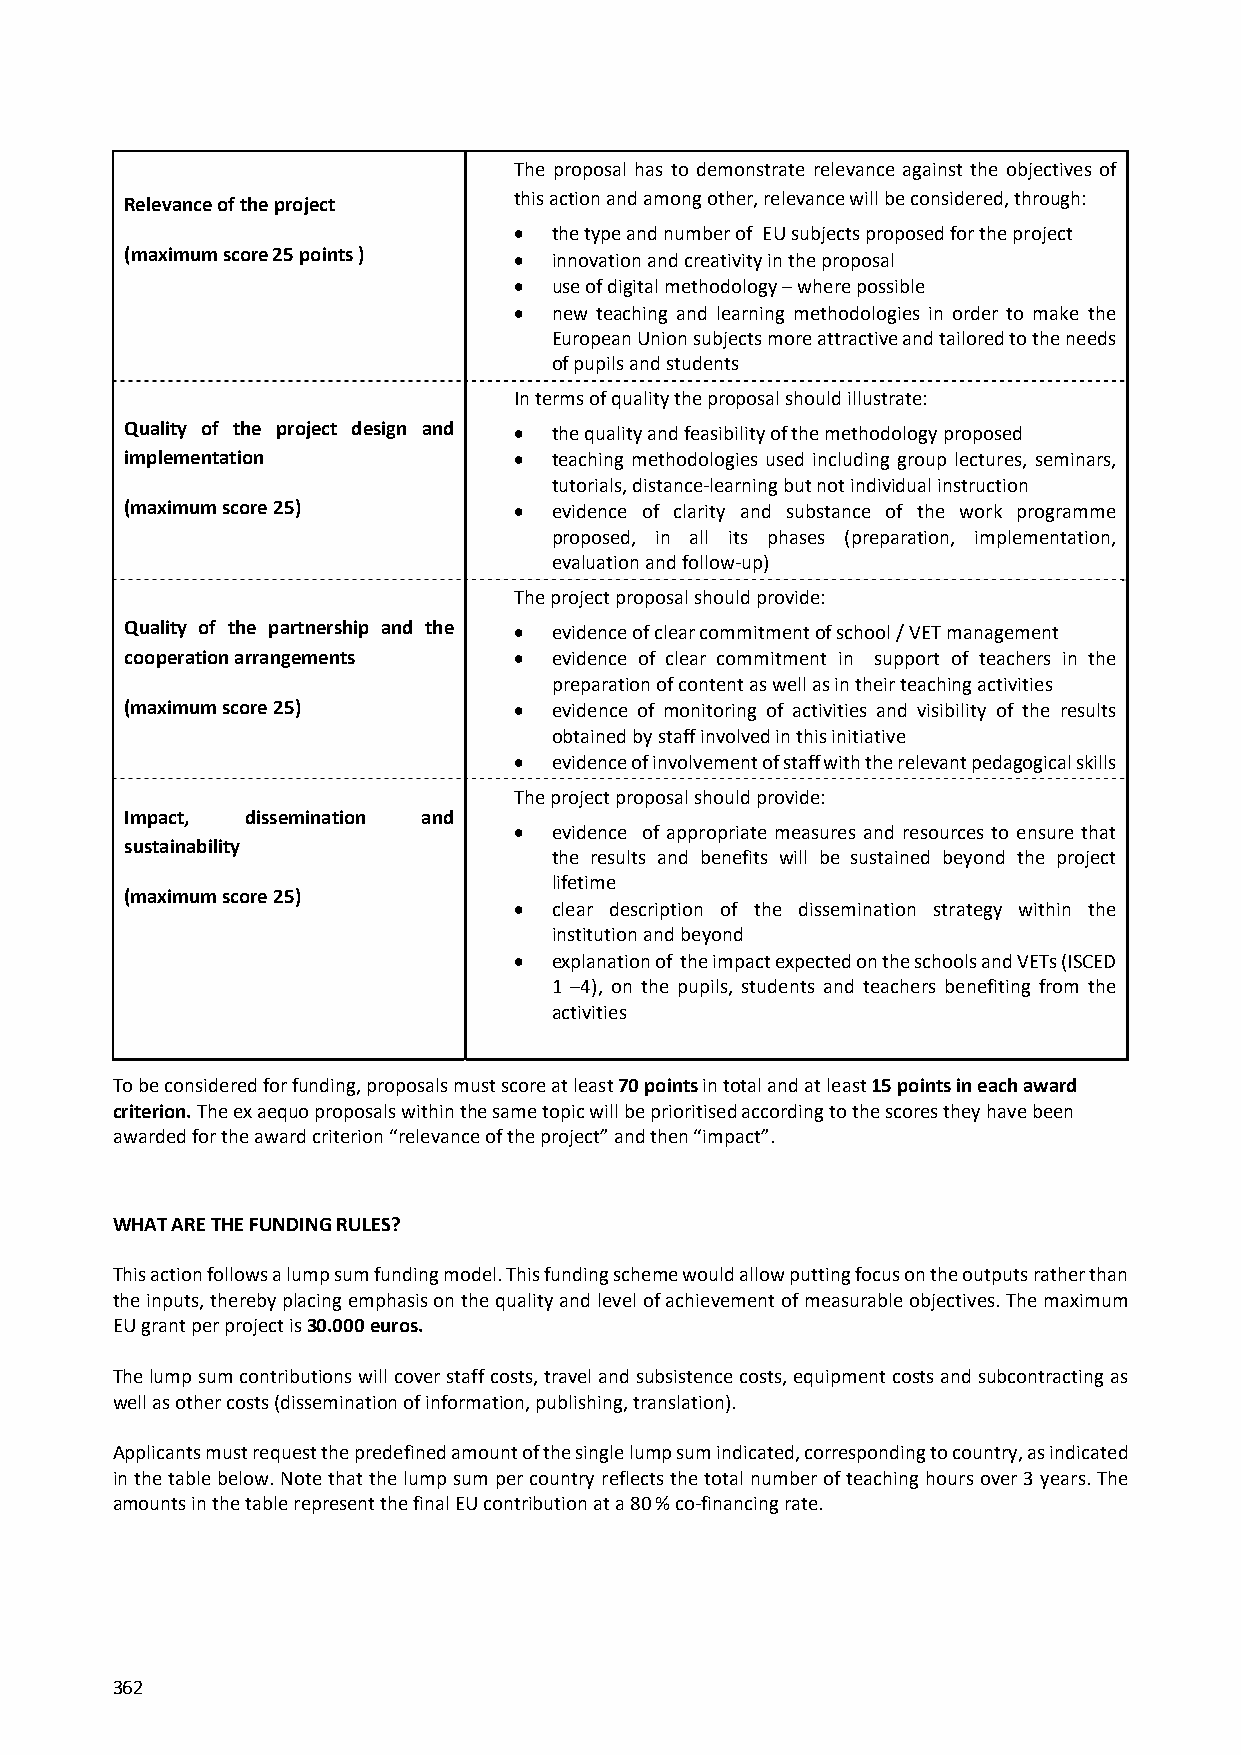
The proposal has to demonstrate relevance against the objectives of
 Relevance of the project  this action and among other, relevance will be considered, through:
  the type and number of EU subjects proposed for the project
 (maximum score 25 points )  innovation and creativity in the proposal
  use of digital methodology – where possible
  new teaching and learning methodologies in order to make the
 European Union subjects more attractive and tailored to the needs
 of pupils and students
 In terms of quality the proposal should illustrate:
 Quality of the project design and  the quality and feasibility of the methodology proposed
 implementation             teaching methodologies used including group lectures, seminars,
 tutorials, distance‐learning but not individual instruction
 (maximum score 25)         evidence of clarity and substance of the work programme
 proposed, in all its phases (preparation, implementation,
 evaluation and follow‐up)
 The project proposal should provide:
 Quality of the partnership and the  evidence of clear commitment of school / VET management
 cooperation arrangements   evidence of clear commitment in support of teachers in the
 preparation of content as well as in their teaching activities
 (maximum score 25)         evidence of monitoring of activities and visibility of the results
 obtained by staff involved in this initiative
  evidence of involvement of staff with the relevant pedagogical skills
 The project proposal should provide:
 Impact, dissemination and
  evidence of appropriate measures and resources to ensure that
 sustainability
 the results and benefits will be sustained beyond the project
 lifetime
 (maximum score 25)
  clear description of the dissemination strategy within the
 institution and beyond
  explanation of the impact expected on the schools and VETs (ISCED
 1 –4), on the pupils, students and teachers benefiting from the
 activities
 To be considered for funding, proposals must score at least 70 points in total and at least 15 points in each award
 criterion. The ex aequo proposals within the same topic will be prioritised according to the scores they have been
 awarded for the award criterion “relevance of the project” and then “impact”.
 WHAT ARE THE FUNDING RULES?
 This action follows a lump sum funding model. This funding scheme would allow putting focus on the outputs rather than
 the inputs, thereby placing emphasis on the quality and level of achievement of measurable objectives. The maximum
 EU grant per project is 30.000 euros.
 The lump sum contributions will cover staff costs, travel and subsistence costs, equipment costs and subcontracting as
 well as other costs (dissemination of information, publishing, translation).
 Applicants must request the predefined amount of the single lump sum indicated, corresponding to country, as indicated
 in the table below. Note that the lump sum per country reflects the total number of teaching hours over 3 years. The
 amounts in the table represent the final EU contribution at a 80 % co‐financing rate.
 362